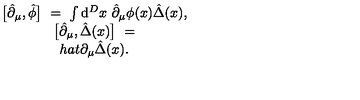
\begin{array} { c } { \big [ \hat { \partial } _ { \mu } , \hat { \phi } \big ] \ = \ \int \mathrm { d } ^ { D } x \ \hat { \partial } _ { \mu } \phi ( x ) \hat { \Delta } ( x ) , } \\ { \big [ \hat { \partial } _ { \mu } , \hat { \Delta } ( x ) \big ] \ = } \\ { h a t { \partial } _ { \mu } \hat { \Delta } ( x ) . } \\ \end{array}